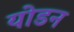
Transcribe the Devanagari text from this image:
योडन